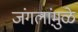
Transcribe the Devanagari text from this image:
जंगलांमु़ळे